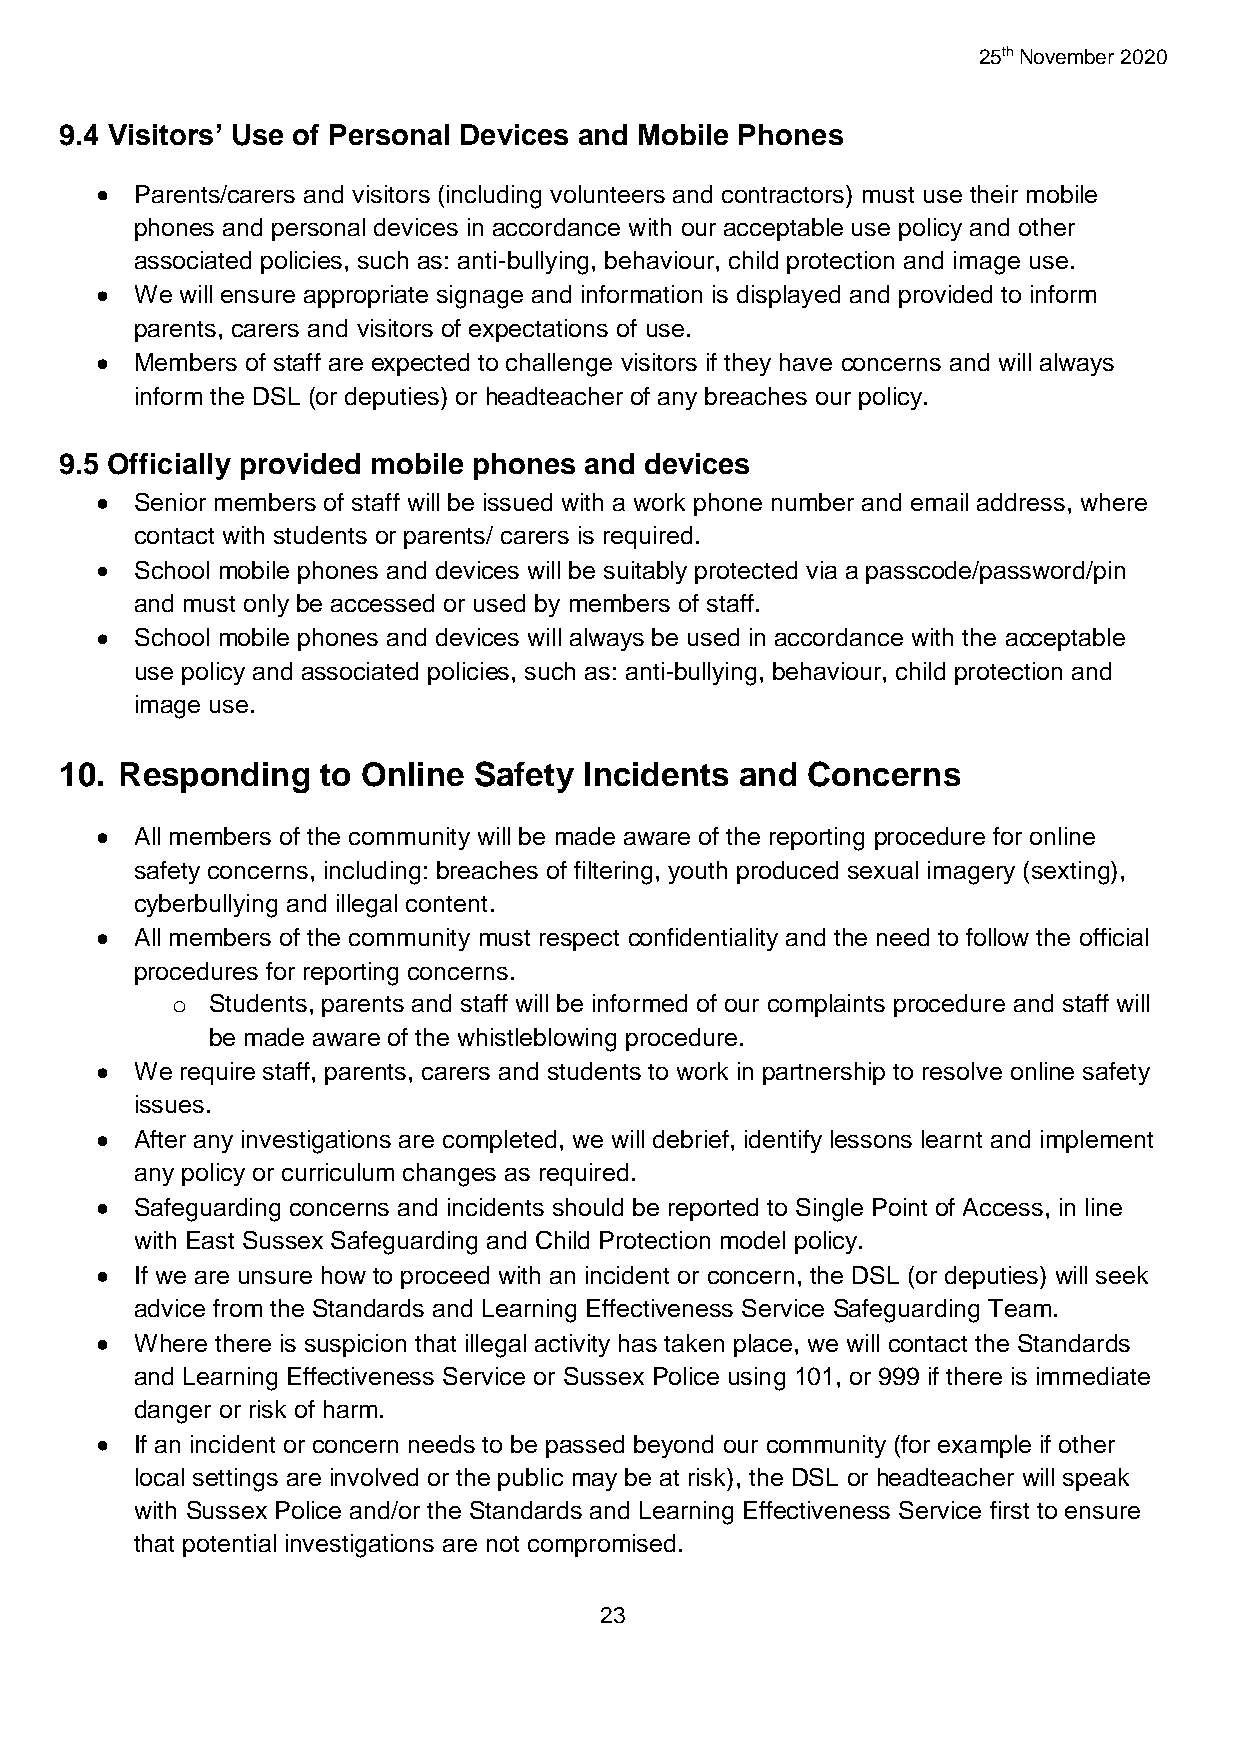
25th November 2020
 9.4 Visitors’ Use of Personal Devices and Mobile Phones
   Parents/carers and visitors (including volunteers and contractors) must use their mobile
 phones and personal devices in accordance with our acceptable use policy and other
 associated policies, such as: anti-bullying, behaviour, child protection and image use.
   We will ensure appropriate signage and information is displayed and provided to inform
 parents, carers and visitors of expectations of use.
   Members of staff are expected to challenge visitors if they have concerns and will always
 inform the DSL (or deputies) or headteacher of any breaches our policy.
 9.5 Officially provided mobile phones and devices
   Senior members of staff will be issued with a work phone number and email address, where
 contact with students or parents/ carers is required.
   School mobile phones and devices will be suitably protected via a passcode/password/pin
 and must only be accessed or used by members of staff.
   School mobile phones and devices will always be used in accordance with the acceptable
 use policy and associated policies, such as: anti-bullying, behaviour, child protection and
 image use.
 10. Responding   to Online Safety  Incidents and Concerns
   All members of the community will be made aware of the reporting procedure for online
 safety concerns, including: breaches of filtering, youth produced sexual imagery (sexting),
 cyberbullying and illegal content.
   All members of the community must respect confidentiality and the need to follow the official
 procedures for reporting concerns.
 o  Students, parents and staff will be informed of our complaints procedure and staff will
 be made aware of the whistleblowing procedure.
   We require staff, parents, carers and students to work in partnership to resolve online safety
 issues.
   After any investigations are completed, we will debrief, identify lessons learnt and implement
 any policy or curriculum changes as required.
   Safeguarding concerns and incidents should be reported to Single Point of Access, in line
 with East Sussex Safeguarding and Child Protection model policy.
   If we are unsure how to proceed with an incident or concern, the DSL (or deputies) will seek
 advice from the Standards and Learning Effectiveness Service Safeguarding Team.
   Where there is suspicion that illegal activity has taken place, we will contact the Standards
 and Learning Effectiveness Service or Sussex Police using 101, or 999 if there is immediate
 danger or risk of harm.
   If an incident or concern needs to be passed beyond our community (for example if other
 local settings are involved or the public may be at risk), the DSL or headteacher will speak
 with Sussex Police and/or the Standards and Learning Effectiveness Service first to ensure
 that potential investigations are not compromised.
 23